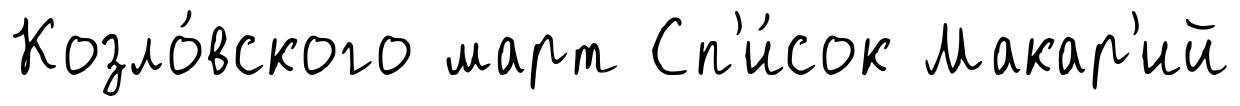
Козло́вского март Сп'и́сок Макар'ий